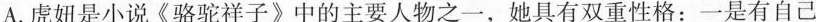
A.虎妞是小说《骆驼祥子》中的主要人物之一，她具有双重性格：一是有自己